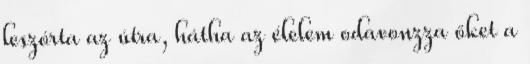
leszórta az útra, hátha az élelem odavonzza őket a